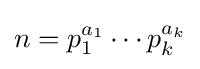
n=p_{1}^{a_{1}}\cdots p_{k}^{a_{k}}